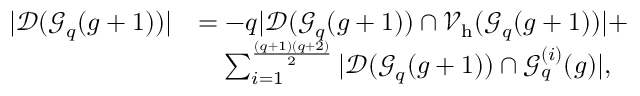
\begin{array} { r l } { | \mathcal { D } ( \mathcal { G } _ { q } ( g + 1 ) ) | } & { = - q | \mathcal { D } ( \mathcal { G } _ { q } ( g + 1 ) ) \cap \mathcal { V } _ { \mathrm { h } } ( \mathcal { G } _ { q } ( g + 1 ) ) | + } \\ & { \quad \sum _ { i = 1 } ^ { \frac { ( q + 1 ) ( q + 2 ) } { 2 } } | \mathcal { D } ( \mathcal { G } _ { q } ( g + 1 ) ) \cap \mathcal { G } _ { q } ^ { ( i ) } ( g ) | , } \end{array}